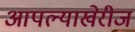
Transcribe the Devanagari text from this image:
आपल्याखेरीज